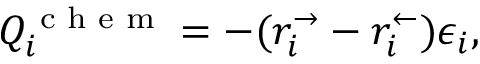
Q _ { i } ^ { \textrm { c h e m } } = - ( r _ { i } ^ { \rightarrow } - r _ { i } ^ { \leftarrow } ) \epsilon _ { i } ,